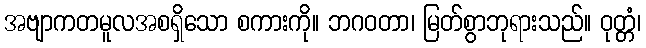
အဗျာကတမူလအစရှိသော စကားကို။ ဘဂဝတာ၊ မြတ်စွာဘုရားသည်။ ဝုတ္တံ၊